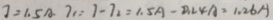
7 = 1 . 5 A 7 _ { 1 } = 1 - 7 _ { 1 } = 1 . 5 A - 0 . 2 4 A = 1 . 2 6 A